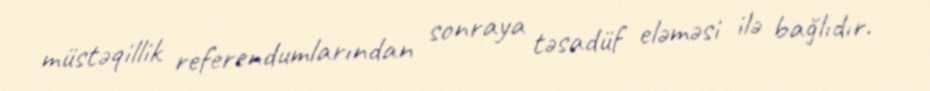
müstəqillik referendumlarından sonraya təsadüf eləməsi ilə bağlıdır.